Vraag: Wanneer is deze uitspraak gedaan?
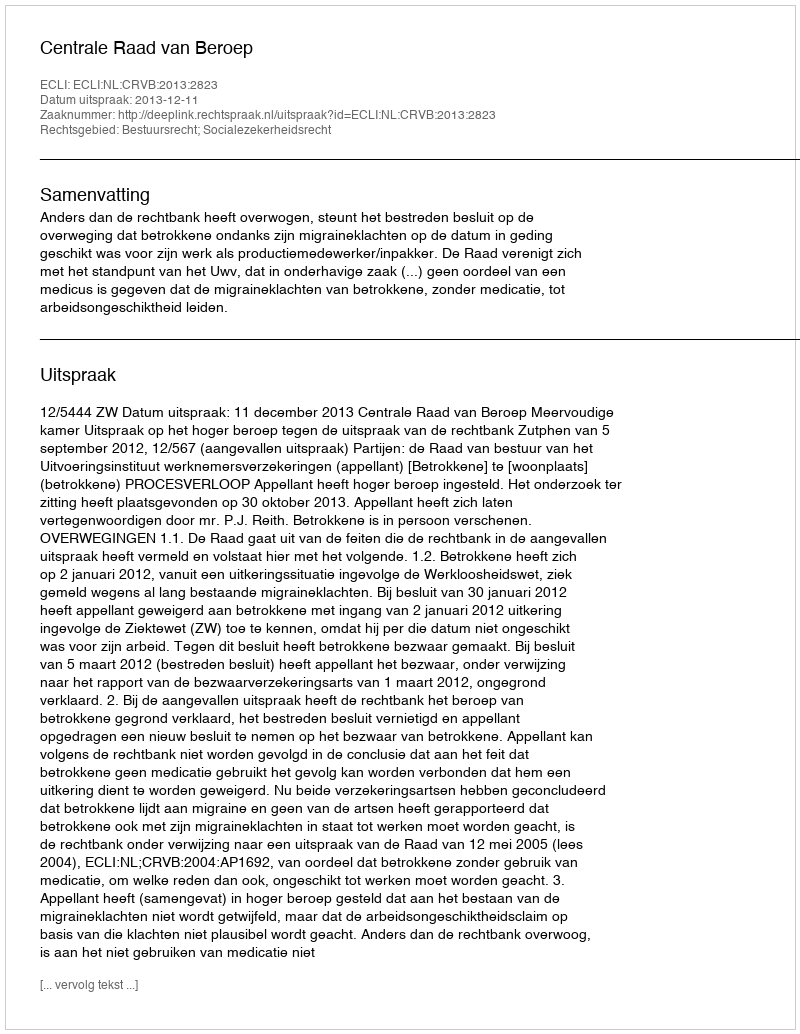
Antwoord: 2013-12-11